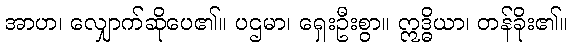
အာဟ၊ လျှောက်ဆိုပေ၏။ ပဌမာ၊ ရှေးဦးစွာ။ ဣဒ္ဓိယာ၊ တန်ခိုး၏။